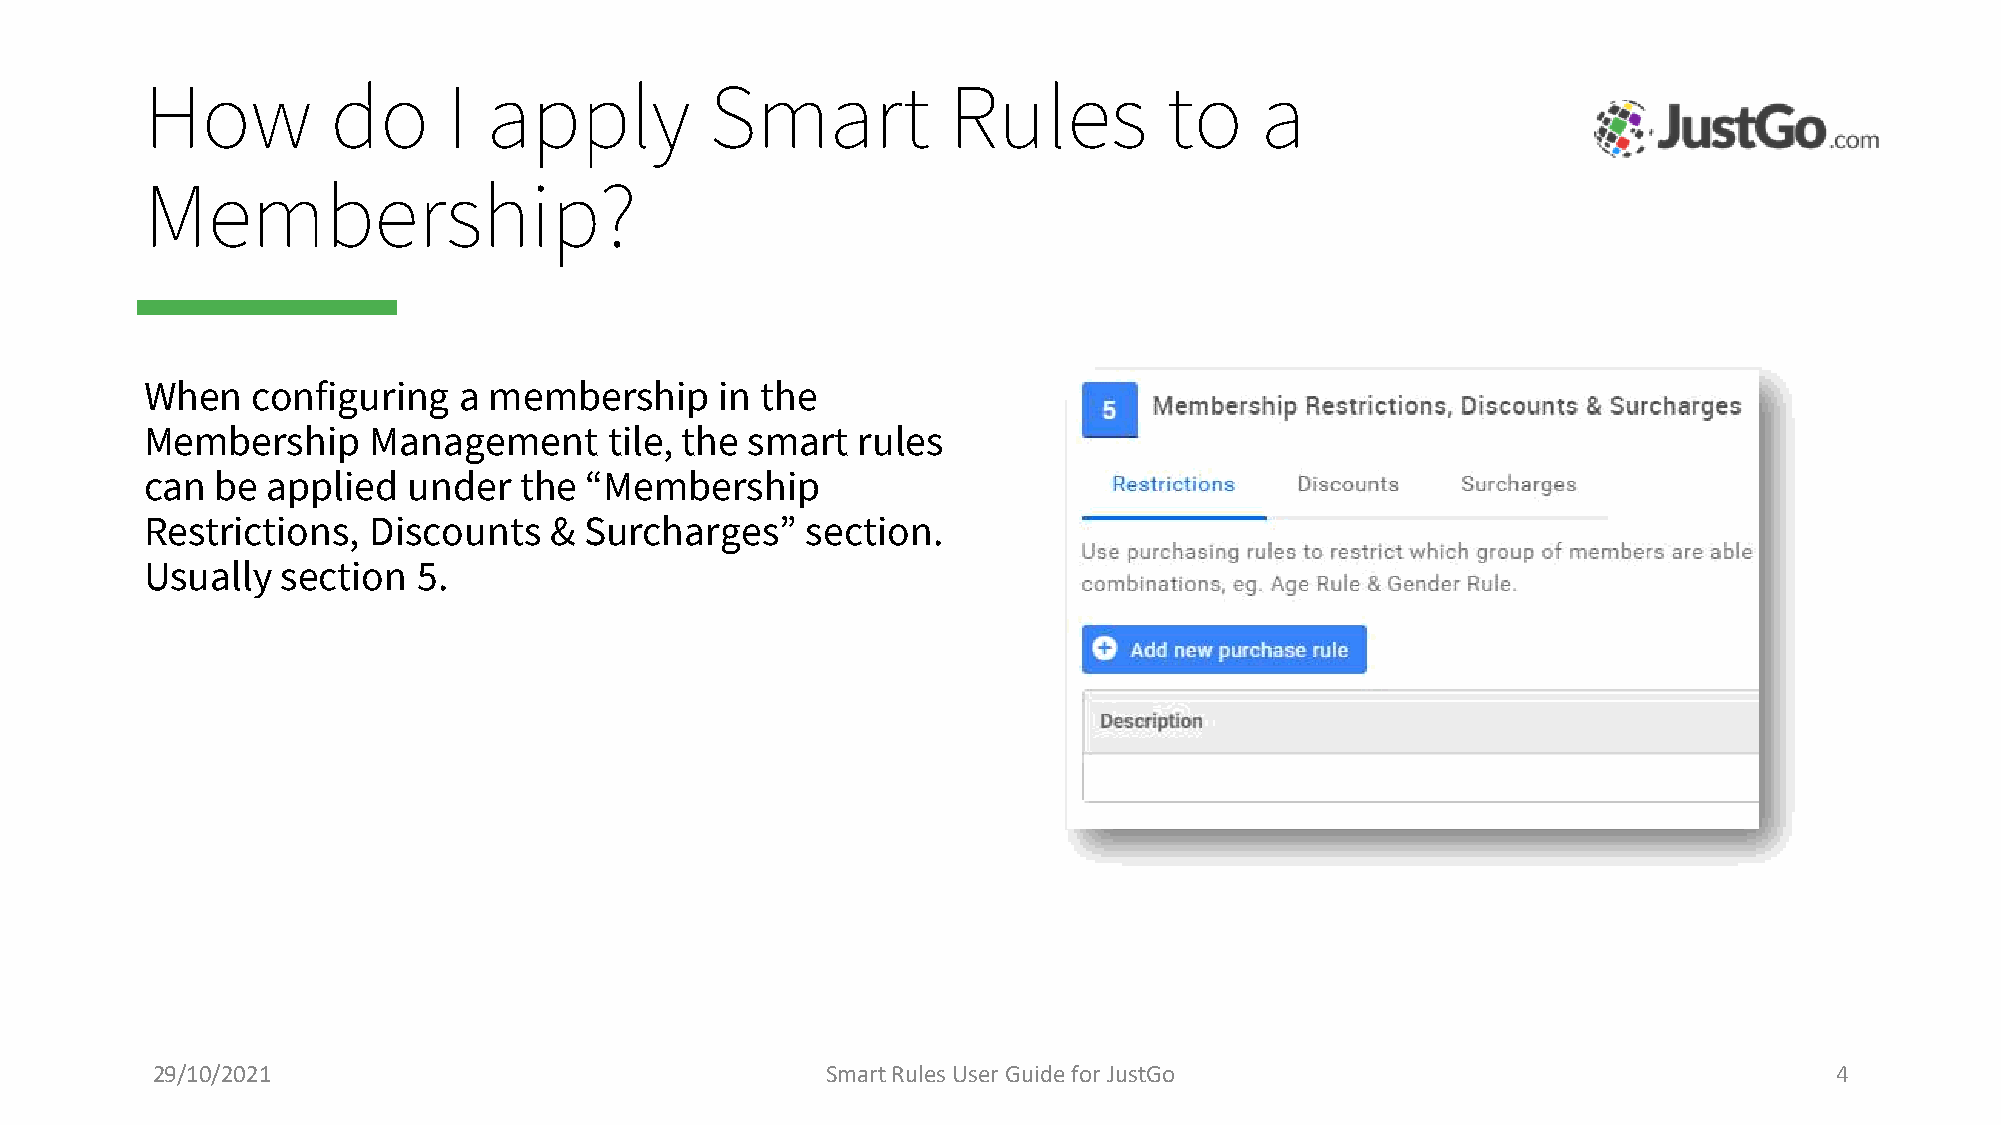
How         do      I apply          Smart           Rules         to    a
 Membership?
 When   configuring  a membership      in the
 Membership    Management      tile, the smart  rules
 can be  applied  under  the  “Membership
 Restrictions, Discounts   &  Surcharges”   section.
 Usually  section  5.
 29/10/2021                                   Smart Rules User Guide for JustGo                                  4